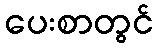
ပေးစာတွင်